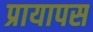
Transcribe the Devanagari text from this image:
प्रायापस